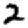
Digit: 2